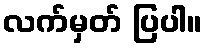
လက်မှတ် ပြပါ။